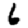
Digit: 6